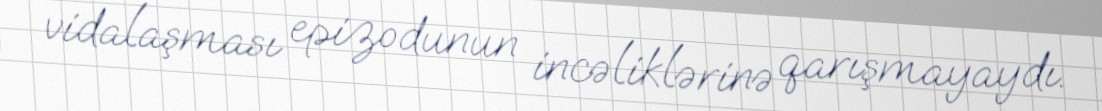
vidalaşması epizodunun incəliklərinə qarışmayaydı.